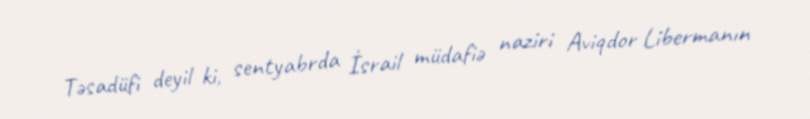
Təsadüfi deyil ki, sentyabrda İsrail müdafiə naziri Aviqdor Libermanın